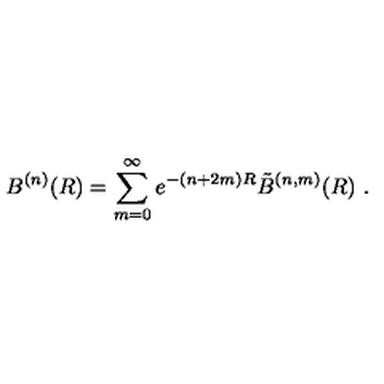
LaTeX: B ^ { ( n ) } ( R ) = \sum _ { m = 0 } ^ { \infty } e ^ { - ( n + 2 m ) R } \tilde { B } ^ { ( n , m ) } ( R ) \ .